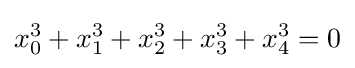
x_{0}^{3}+x_{1}^{3}+x_{2}^{3}+x_{3}^{3}+x_{4}^{3}=0